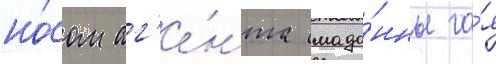
но́сом аг'е́нта мадо́нны га́я